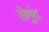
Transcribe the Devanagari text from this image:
सेगुंद